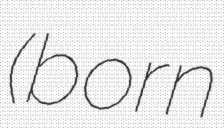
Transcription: (born